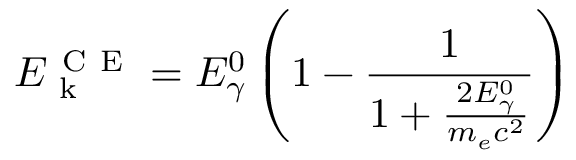
E _ { \mathrm { ~ k ~ } } ^ { \mathrm { ~ C ~ E ~ } } = E _ { \gamma } ^ { 0 } \left( 1 - \frac { 1 } { 1 + \frac { 2 E _ { \gamma } ^ { 0 } } { m _ { e } c ^ { 2 } } } \right)